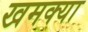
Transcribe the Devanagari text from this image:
खमक्या